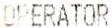
OPERATOR